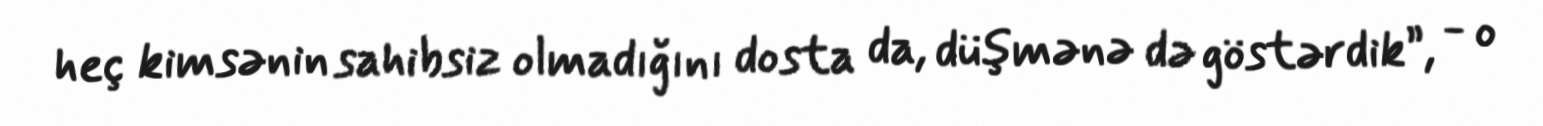
heç kimsənin sahibsiz olmadığını dosta da, düşmənə də göstərdik”, - o